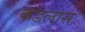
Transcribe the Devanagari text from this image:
कडलास